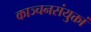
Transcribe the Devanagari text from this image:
काञ्चनसंयुक्तां